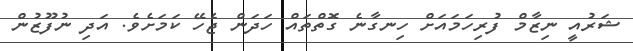
ޝަރުއީ ނިޒާމް ފުރިހަމައަށް ހިނގާނެ ގޮތްތައް ހަދަން ޖެހޭ ކަމަށެވެ. އަދި ނުފޫޒުން